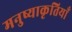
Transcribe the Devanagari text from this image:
मनुष्याकृतियाँ